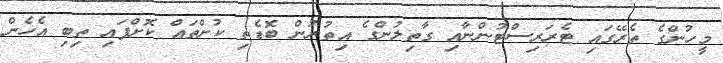
މީހުންގެ ތެރޭގައި ޓެރަރިސްޓުންނާއި ގާތިލުންގެ އިތުރުން ބޮޑެތި ކުށްތައް ކޮށްފައި ތިބި އެހެން